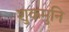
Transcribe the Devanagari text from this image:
शुकमुनि